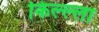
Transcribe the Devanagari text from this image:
किल्ल्‍ला